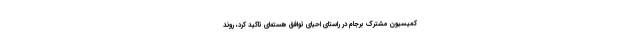
کمیسیون مشترک برجام در راستای احیای توافق هسته‌ای تاکید کرد، روند